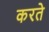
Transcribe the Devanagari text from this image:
करते